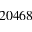
2 0 4 6 8